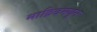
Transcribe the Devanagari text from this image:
माद्रिदमधून